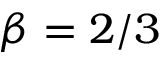
\beta = 2 / 3